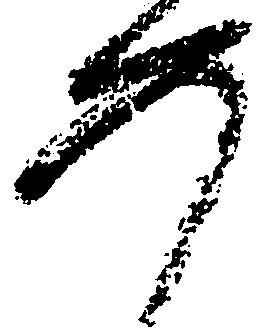
如